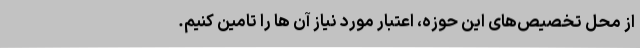
از محل تخصیص‌های این حوزه، اعتبار مورد نیاز آن ها را تامین کنیم.